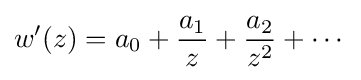
w'(z)=a_{0}+{\frac {a_{1}}{z}}+{\frac {a_{2}}{z^{2}}}+\cdots